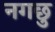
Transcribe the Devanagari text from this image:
नगछु